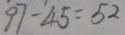
9 7 - 4 5 = 5 2